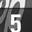
Digit: 5